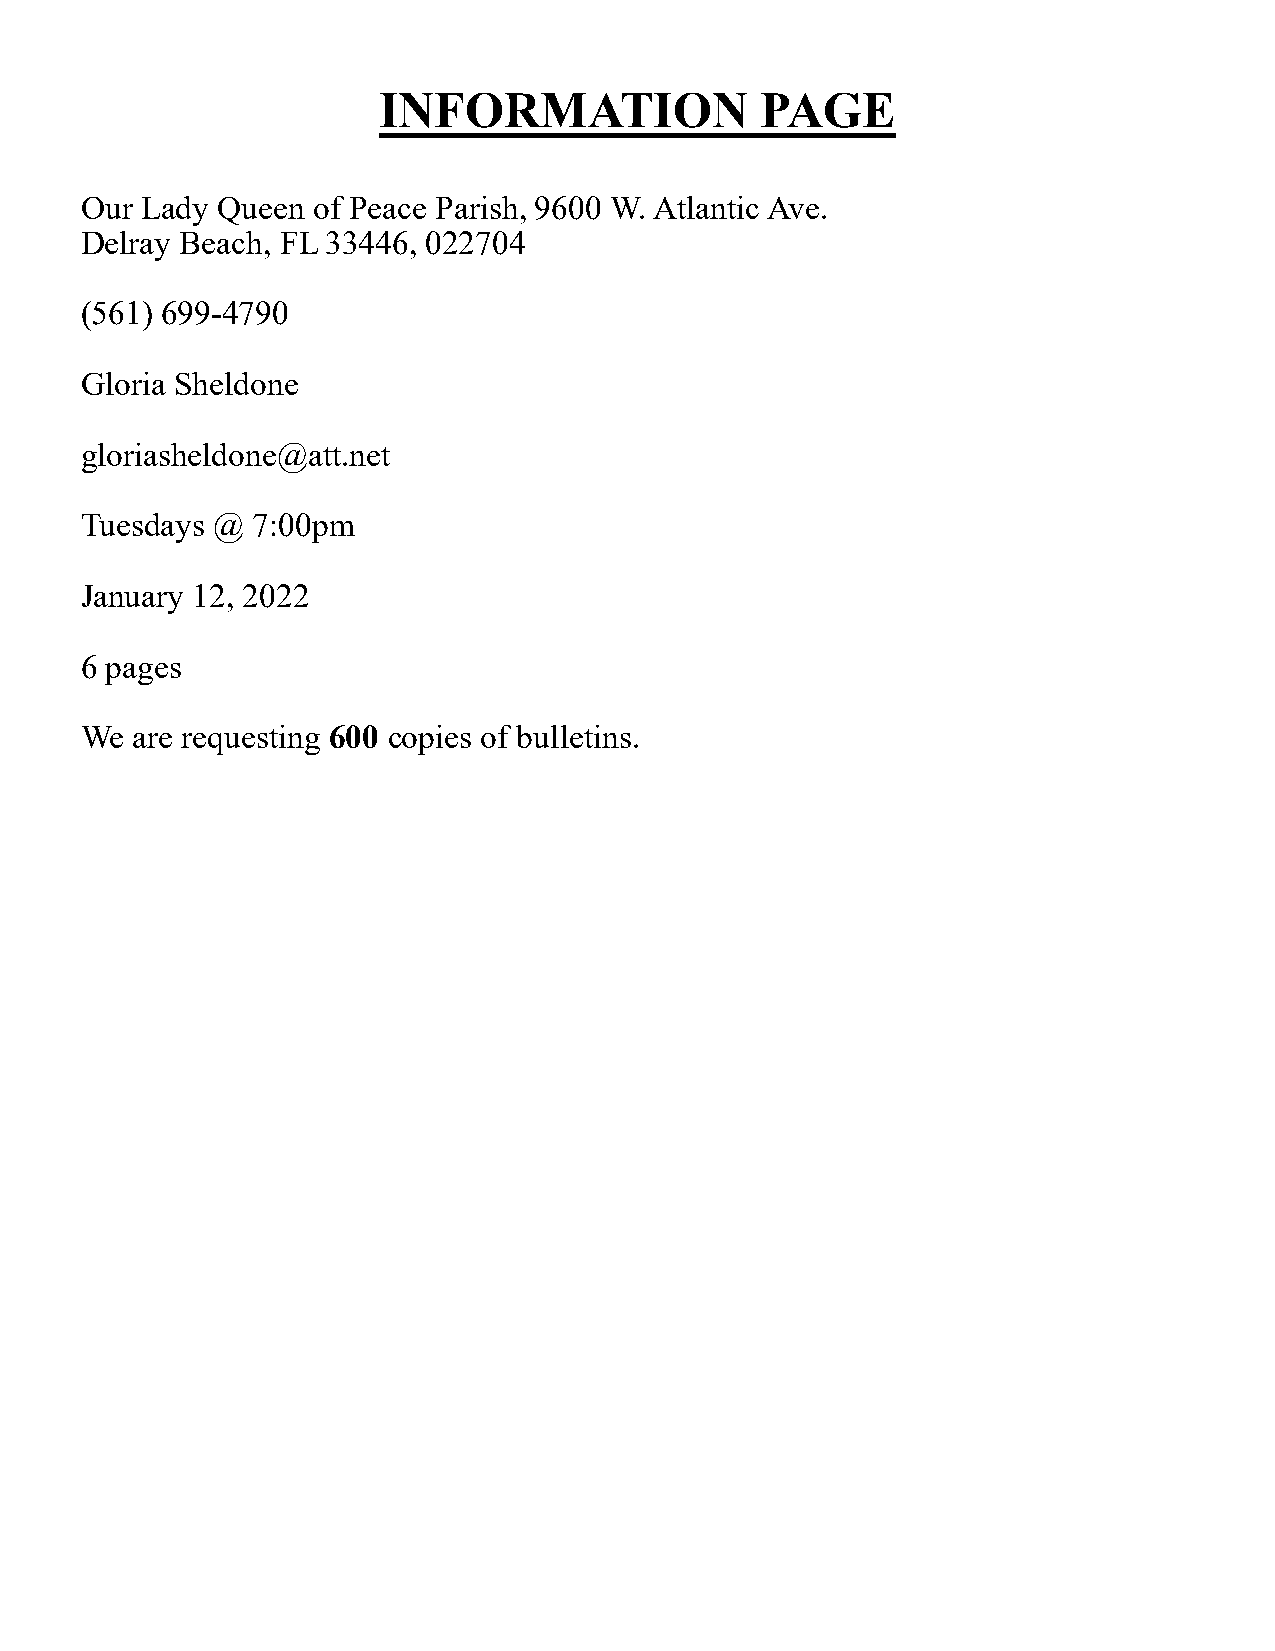
INFORMATION              PAGE
 Our Lady Queen  of Peace Parish, 9600 W. Atlantic Ave.
 Delray Beach, FL 33446, 022704
 (561) 699-4790
 Gloria Sheldone
 gloriasheldone@att.net
 Tuesdays @  7:00pm
 January 12, 2022
 6 pages
 We  are requesting 600 copies of bulletins.